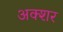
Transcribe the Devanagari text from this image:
अक्शर